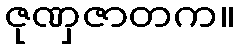
ဇုဏှဇာတက။